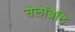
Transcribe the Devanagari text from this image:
सेलेब्रिटि